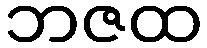
ဘဇထ